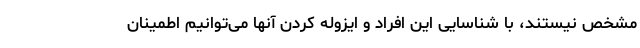
مشخص نیستند، با شناسایی این افراد و ایزوله کردن آنها می‌توانیم اطمینان